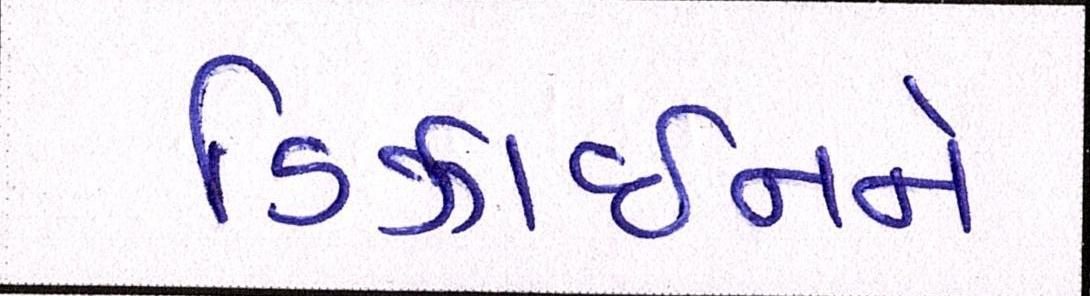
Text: ડિઝાઈનને